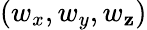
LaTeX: (w_{x},w_{y},w_{\mathbf{z}})